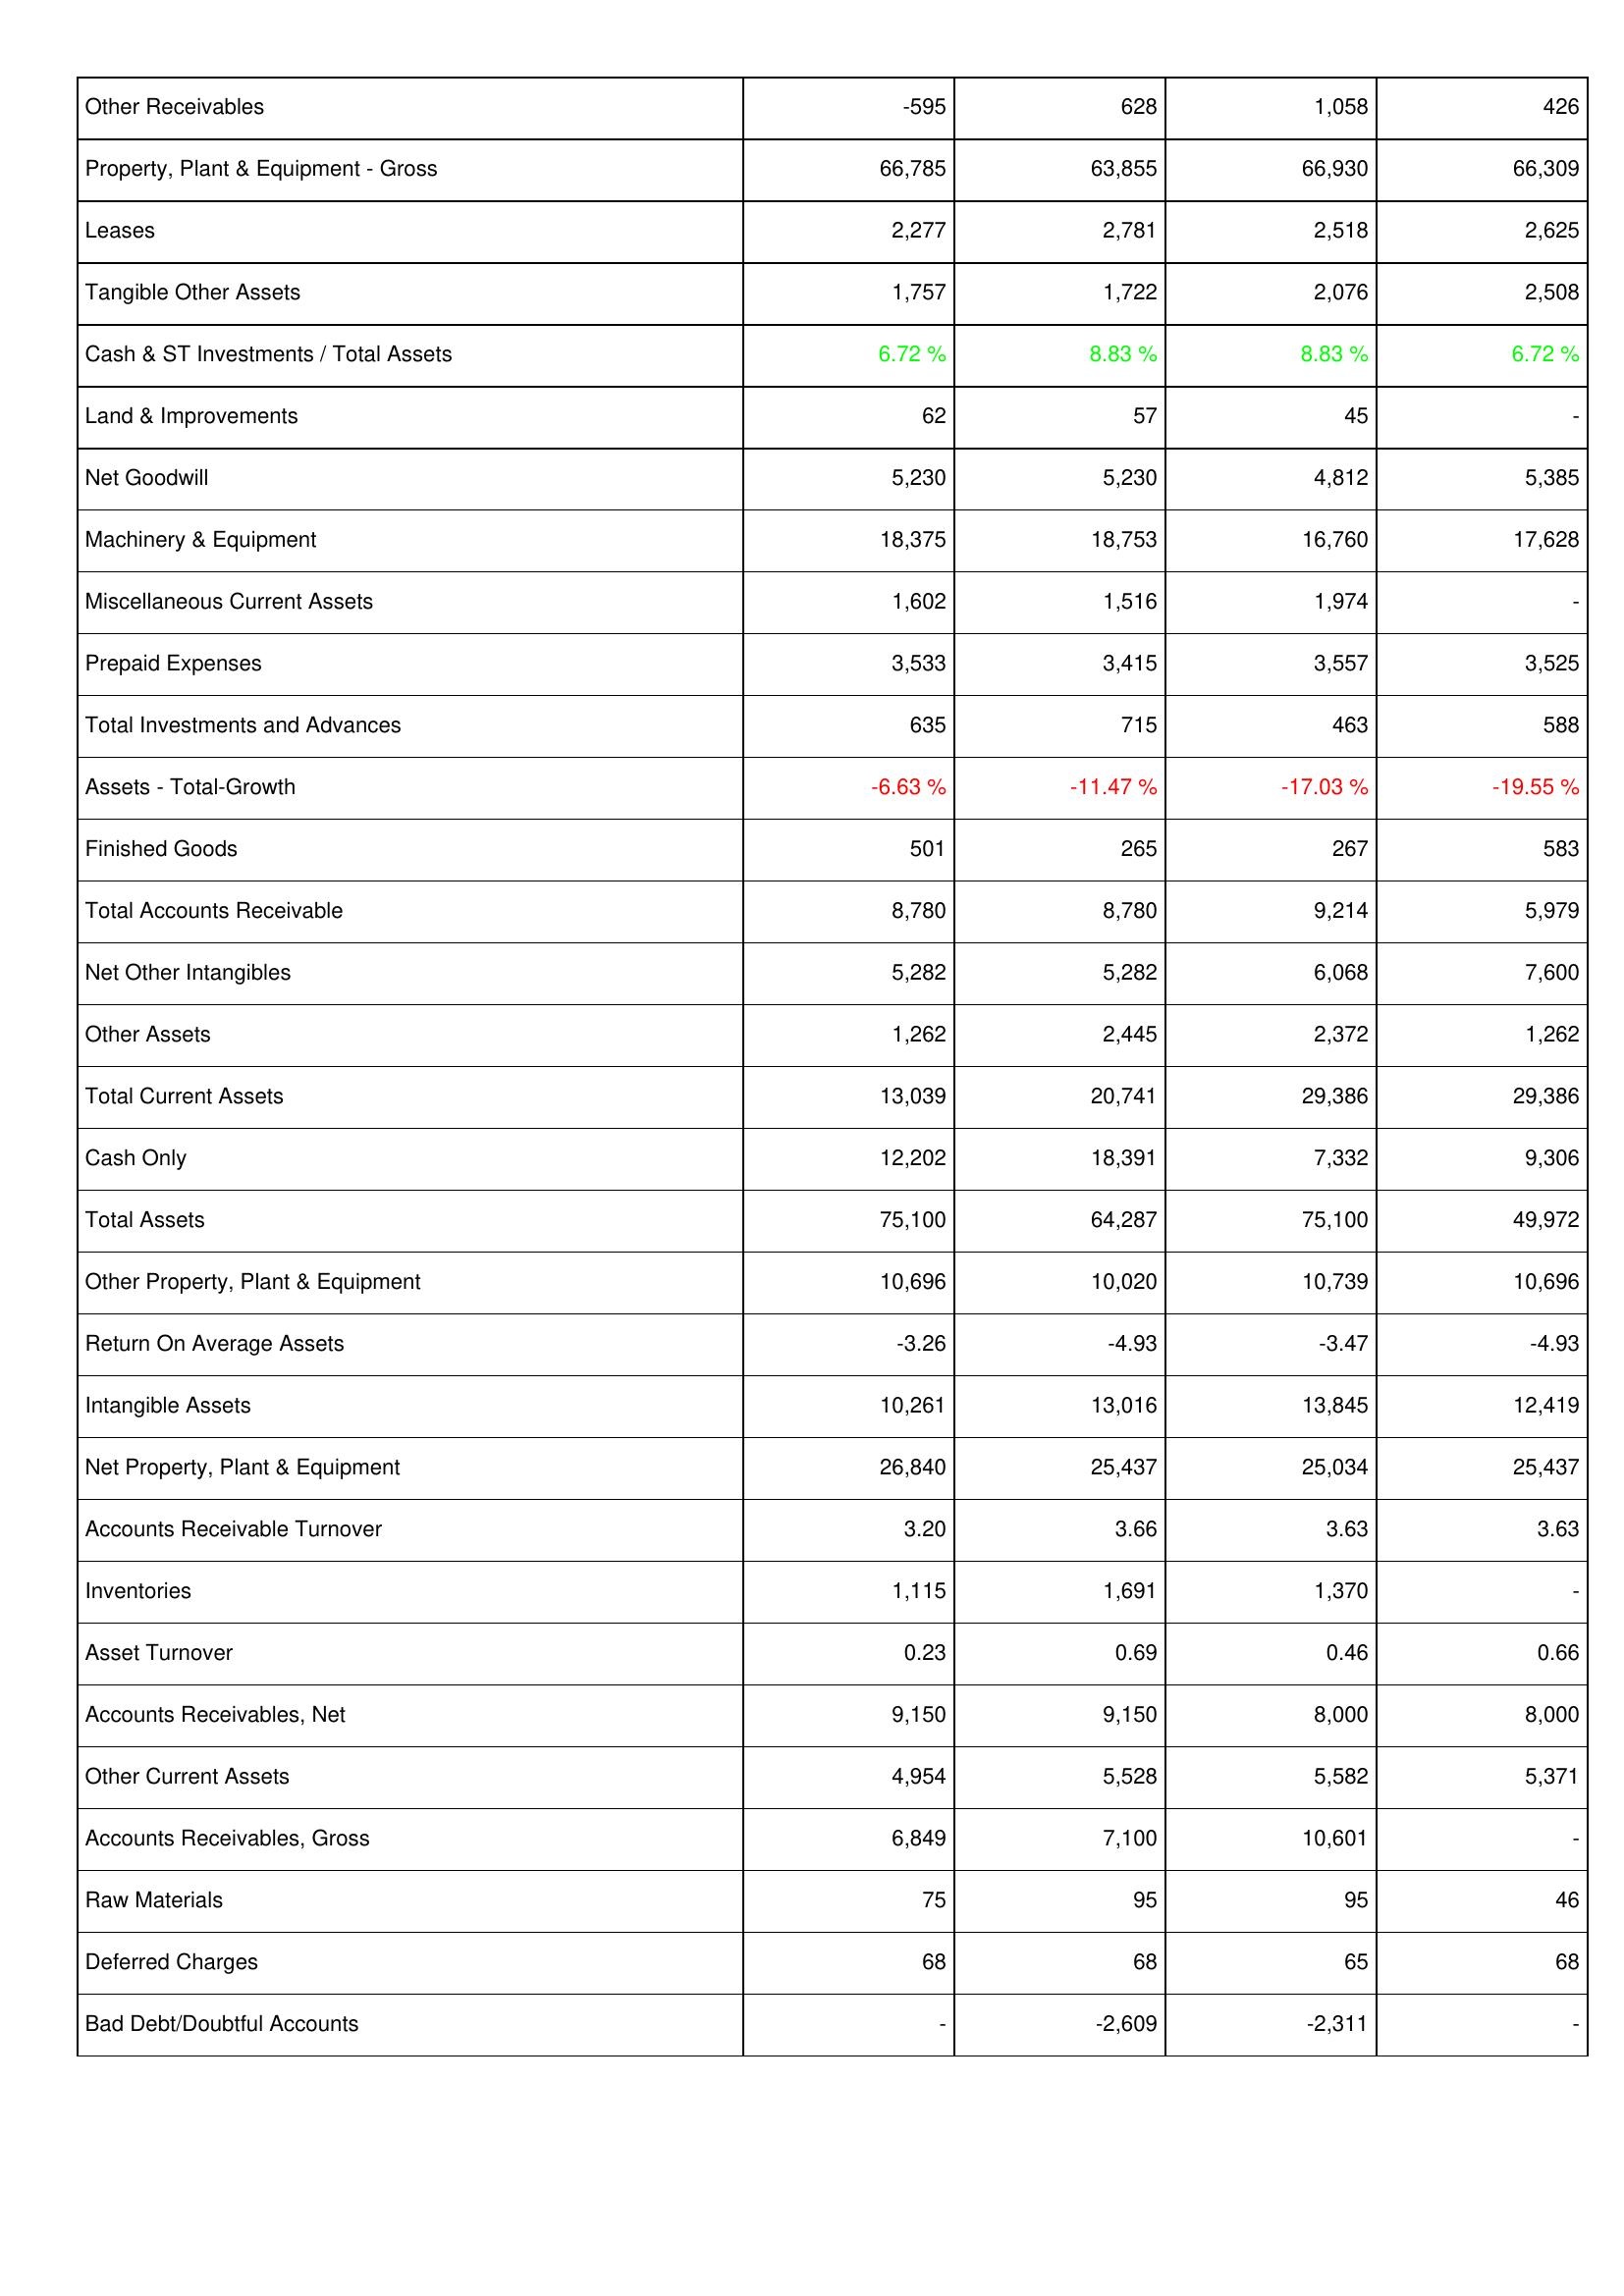
2016: Assets: Other Receivables: -595
Property, Plant & Equipment - Gross: 66,785
Leases: 2,277
Tangible Other Assets: 1,757
Cash & ST Investments / Total Assets: 6.72 %
Land & Improvements: 62
Net Goodwill: 5,230
Machinery & Equipment: 18,375
Miscellaneous Current Assets: 1,602
Prepaid Expenses: 3,533
Total Investments and Advances: 635
Assets - Total-Growth: -6.63 %
Finished Goods: 501
Total Accounts Receivable: 8,780
Net Other Intangibles: 5,282
Other Assets: 1,262
Total Current Assets: 13,039
Cash Only: 12,202
Total Assets: 75,100
Other Property, Plant & Equipment: 10,696
Return On Average Assets: -3.26
Intangible Assets: 10,261
Net Property, Plant & Equipment: 26,840
Accounts Receivable Turnover: 3.20
Inventories: 1,115
Asset Turnover: 0.23
Accounts Receivables, Net: 9,150
Other Current Assets: 4,954
Accounts Receivables, Gross: 6,849
Raw Materials: 75
Deferred Charges: 68
Bad Debt/Doubtful Accounts: -
2017: Assets: Other Receivables: 628
Property, Plant & Equipment - Gross: 63,855
Leases: 2,781
Tangible Other Assets: 1,722
Cash & ST Investments / Total Assets: 8.83 %
Land & Improvements: 57
Net Goodwill: 5,230
Machinery & Equipment: 18,753
Miscellaneous Current Assets: 1,516
Prepaid Expenses: 3,415
Total Investments and Advances: 715
Assets - Total-Growth: -11.47 %
Finished Goods: 265
Total Accounts Receivable: 8,780
Net Other Intangibles: 5,282
Other Assets: 2,445
Total Current Assets: 20,741
Cash Only: 18,391
Total Assets: 64,287
Other Property, Plant & Equipment: 10,020
Return On Average Assets: -4.93
Intangible Assets: 13,016
Net Property, Plant & Equipment: 25,437
Accounts Receivable Turnover: 3.66
Inventories: 1,691
Asset Turnover: 0.69
Accounts Receivables, Net: 9,150
Other Current Assets: 5,528
Accounts Receivables, Gross: 7,100
Raw Materials: 95
Deferred Charges: 68
Bad Debt/Doubtful Accounts: -2,609
2018: Assets: Other Receivables: 1,058
Property, Plant & Equipment - Gross: 66,930
Leases: 2,518
Tangible Other Assets: 2,076
Cash & ST Investments / Total Assets: 8.83 %
Land & Improvements: 45
Net Goodwill: 4,812
Machinery & Equipment: 16,760
Miscellaneous Current Assets: 1,974
Prepaid Expenses: 3,557
Total Investments and Advances: 463
Assets - Total-Growth: -17.03 %
Finished Goods: 267
Total Accounts Receivable: 9,214
Net Other Intangibles: 6,068
Other Assets: 2,372
Total Current Assets: 29,386
Cash Only: 7,332
Total Assets: 75,100
Other Property, Plant & Equipment: 10,739
Return On Average Assets: -3.47
Intangible Assets: 13,845
Net Property, Plant & Equipment: 25,034
Accounts Receivable Turnover: 3.63
Inventories: 1,370
Asset Turnover: 0.46
Accounts Receivables, Net: 8,000
Other Current Assets: 5,582
Accounts Receivables, Gross: 10,601
Raw Materials: 95
Deferred Charges: 65
Bad Debt/Doubtful Accounts: -2,311
2019: Assets: Other Receivables: 426
Property, Plant & Equipment - Gross: 66,309
Leases: 2,625
Tangible Other Assets: 2,508
Cash & ST Investments / Total Assets: 6.72 %
Land & Improvements: -
Net Goodwill: 5,385
Machinery & Equipment: 17,628
Miscellaneous Current Assets: -
Prepaid Expenses: 3,525
Total Investments and Advances: 588
Assets - Total-Growth: -19.55 %
Finished Goods: 583
Total Accounts Receivable: 5,979
Net Other Intangibles: 7,600
Other Assets: 1,262
Total Current Assets: 29,386
Cash Only: 9,306
Total Assets: 49,972
Other Property, Plant & Equipment: 10,696
Return On Average Assets: -4.93
Intangible Assets: 12,419
Net Property, Plant & Equipment: 25,437
Accounts Receivable Turnover: 3.63
Inventories: -
Asset Turnover: 0.66
Accounts Receivables, Net: 8,000
Other Current Assets: 5,371
Accounts Receivables, Gross: -
Raw Materials: 46
Deferred Charges: 68
Bad Debt/Doubtful Accounts: -